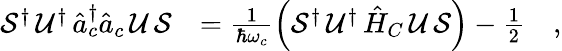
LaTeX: \begin{array}{rl}{\mathcal{S}^{\dagger}\, \mathcal{U}^{\dagger}\, \hat{a}_{c}^{\dagger}\hat{a}_{c}\, \mathcal{U}\, \mathcal{S}}&{=\frac{1}{\hbar\omega_{c}}\left(\mathcal{S}^{\dagger}\, \mathcal{U}^{\dagger}\, \hat{H}_{C}\, \mathcal{U}\, \mathcal{S}\right)-\frac{1}{2}\quad,}\end{array}